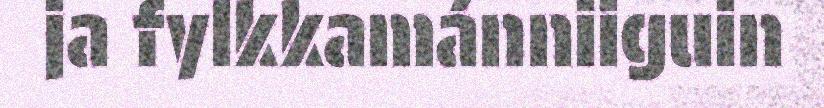
ja fylkkamánniiguin